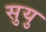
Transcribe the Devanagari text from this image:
सुयु